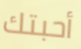
أحبتك